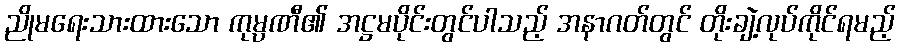
ညိုမရေးသားထားသော ကုမ္ပဏီ၏ အဋ္ဌမပိုင်းတွင်ပါသည့် အနာဂတ်တွင် တိုးချဲ့လုပ်ကိုင်ရမည့်